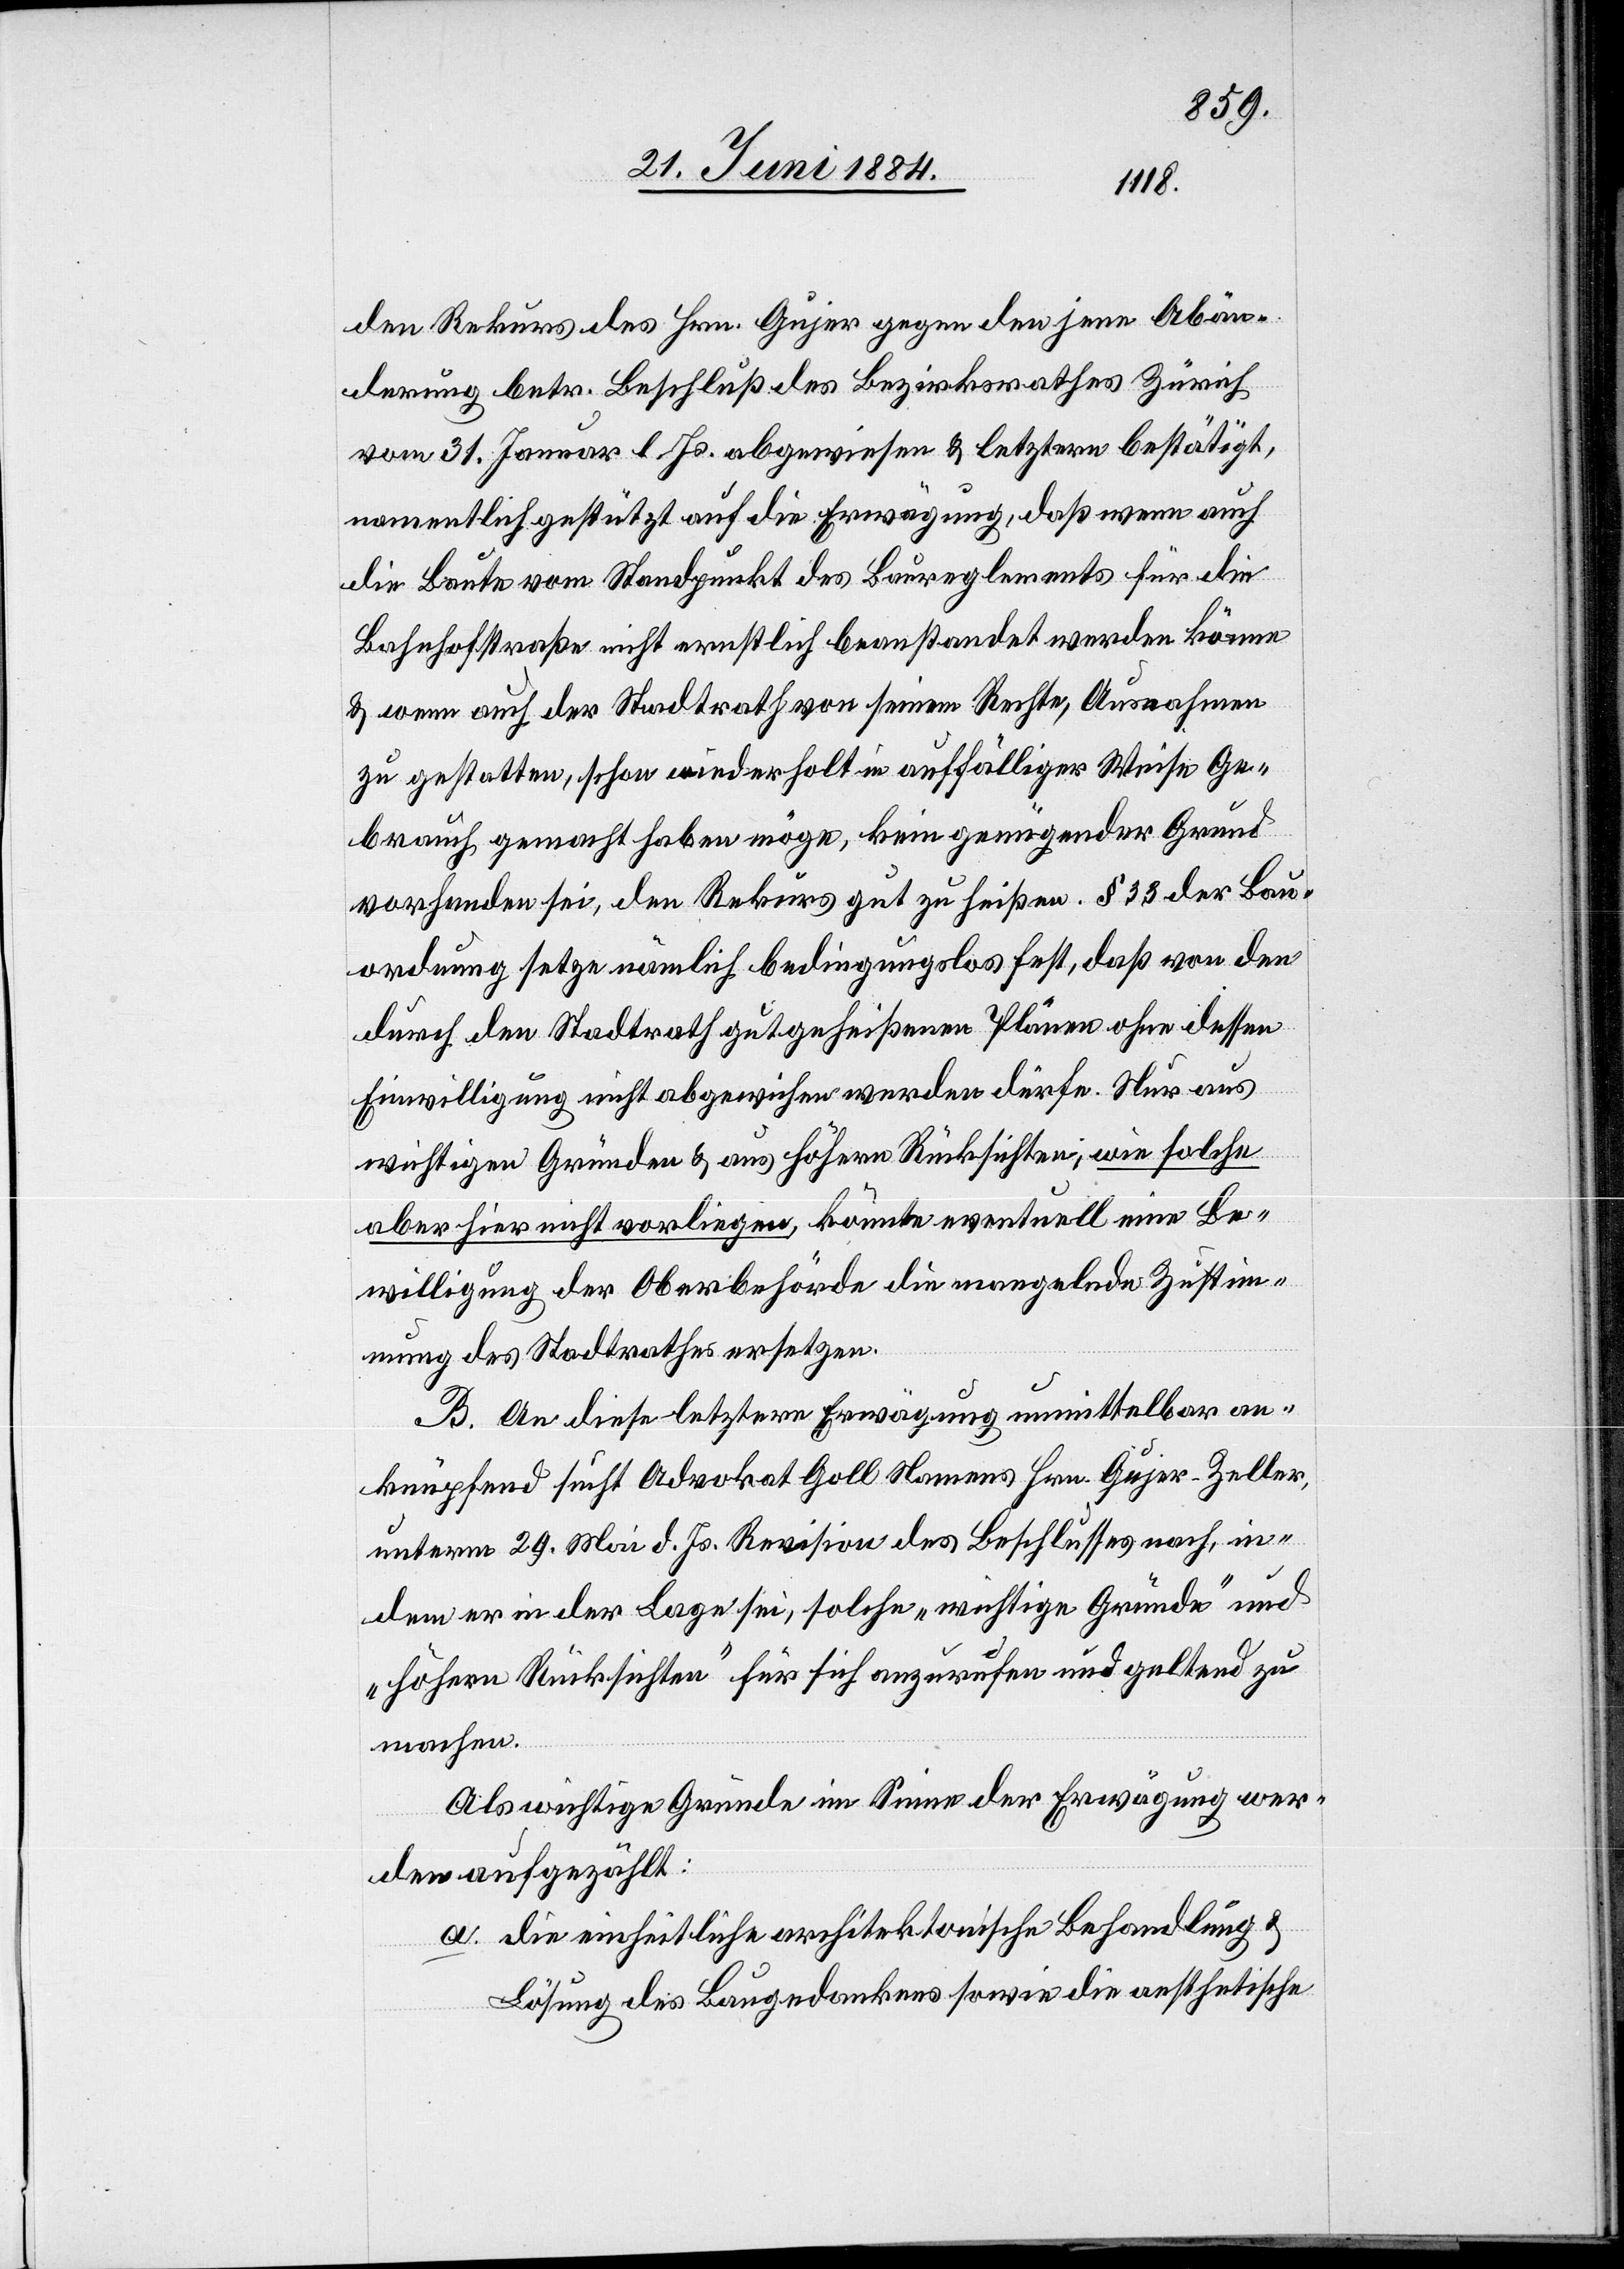
den Rekurs des Hrn. Gujer gegen den jene Abän¬
derung betr. Beschluß des Bezirksrathes Zürich
vom 31. Januar l. Js. abgewiesen & letztern bestätigt,
namentlich gestützt auf die Erwägung, daß wenn auch
die Baute vom Standpunkt des Baureglements für die
Bahnhofstraße nicht ernstlich beanstandet werden könne
& wenn auch der Stadtrath von seinem Rechte, Ausnahmen
zu gestatten, schon wiederholt in auffälliger Weise Ge¬
brauch gemacht haben möge, kein genügender Grund
vorhanden sei, den Rekurs gut zu heißen. § 33 der Bau¬
ordnung setze nämlich bedingungslos fest, daß von den
durch den Stadtrath gutgeheißenen Plänen ohne dessen
Einwilligung nicht abgewiesen werden dürfe. Nur aus
wichtigen Gründen & aus höhern Rücksichten, wie solche
aber hier nicht vorliegen könnte eventuell eine Be¬
willigung der Oberbehörde die mangelnde Zustim¬
mung des Stadtrathes ersetzen.
B. An diese letztere Erwägung unmittelbar an¬
knüpfend sucht Advokat Goll Namens Hrn. Gujer-Zeller,
unterm 29. Mai d. Js. Revision des Beschlusses nach, in¬
dem er in der Lage sei, solche „Wichtige Gründe“ und
„höhere Rücksichten“ für sich anzurufen und geltend zu
machen.
Als wichtige Gründe im Sinne der Erwägung wer¬
den aufgezählt:
a. die einheitliche architektonische Behandlung &
Lösung des Baugedankens sowie die aesthetische